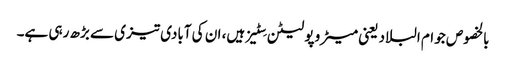
بالخصوص جو ام البلاد یعنی میٹرو پولیٹن سِٹیز ہیں، ان کی آبادی تیزی سے بڑھ رہی ہے۔